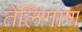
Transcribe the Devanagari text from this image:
तेलिंगाण